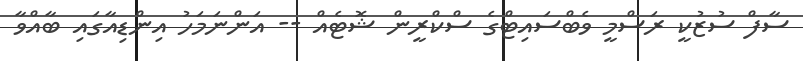
ސާފް ސުޒުކީ ރަސްމީ ވެބްސައިޓްގެ ސްކްރީން ޝޮޓެއް -- އަންނަމަހު އިންޑިއާގައި ބާއްވާ